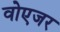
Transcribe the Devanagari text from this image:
वोएजर